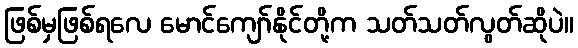
ဖြစ်မှဖြစ်ရလေ မောင်ကျော်နိုင်တို့က သတ်သတ်လွတ်ဆိုပဲ။